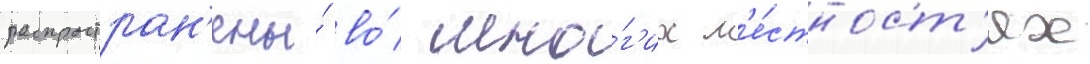
распростран'ены́ во́ мно́г'их м'е́стност'ях